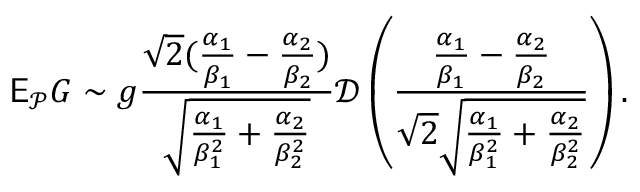
\mathsf E _ { \mathcal P } G \sim g \frac { \sqrt 2 ( \frac { \alpha _ { 1 } } { \beta _ { 1 } } - \frac { \alpha _ { 2 } } { \beta _ { 2 } } ) } { \sqrt { \frac { \alpha _ { 1 } } { \beta _ { 1 } ^ { 2 } } + \frac { \alpha _ { 2 } } { \beta _ { 2 } ^ { 2 } } } } \mathcal D \left( \frac { \frac { \alpha _ { 1 } } { \beta _ { 1 } } - \frac { \alpha _ { 2 } } { \beta _ { 2 } } } { \sqrt 2 \sqrt { \frac { \alpha _ { 1 } } { \beta _ { 1 } ^ { 2 } } + \frac { \alpha _ { 2 } } { \beta _ { 2 } ^ { 2 } } } } \right) .